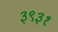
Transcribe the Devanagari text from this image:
३९३१